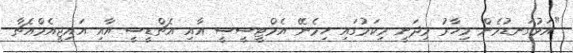
"އަޅުގަނޑުމެން މިހާރު މިދަނީ މިކަމުގައި ހިމެނޭ އެމްޓީސީސީ އާއި އެޗްޑީސީ އާއި އައިޖީއެމްއެޗާ